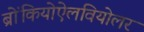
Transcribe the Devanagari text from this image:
ब्रोंकियोऐलवियोलर